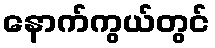
နောက်ကွယ်တွင်